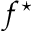
f ^ { \star }